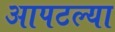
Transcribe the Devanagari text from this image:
आपटल्या